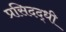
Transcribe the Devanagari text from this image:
प्रसिदद्धी